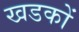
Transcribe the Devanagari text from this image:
खडकों